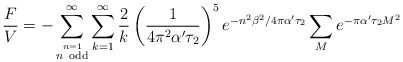
\begin{align*}\frac{F}{V}=-\sum_{\stackrel {n=1} {n ~\rm odd} }^\infty\sum_{k=1}^\infty\frac{2}{k}\left( \frac{1}{4\pi^2\alpha'\tau_2}\right)^5e^{-n^2\beta^2/4\pi\alpha'\tau_2}\sum_Me^{-\pi\alpha'\tau_2 M^2}\end{align*}